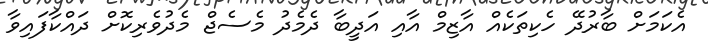
އެކަމަށް ބާރުދޭ ހެކިތަކެއް އާޒިމް އާއި އަދީބާ ދެމެދު މެސެޖް މެދުވެރިކޮށް ދައްކާފައިވާ